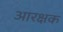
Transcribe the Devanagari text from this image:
आरक्षक